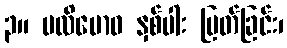
၃။ ပလိဗောဓ နှစ်ပါး ပြတ်ခြင်း၊